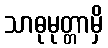
သာဓုမုတ္တာမှိ